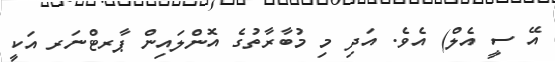
އޭ ސީ އެލް) އެވެ. އަދި މި މުބާރާތުގެ އޮންލައިން ޕާރޓްނަރ އަކީ